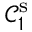
\mathcal { C } _ { 1 } ^ { \mathrm { s } }